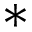
^ *